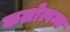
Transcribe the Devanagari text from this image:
कलोत्पन्न